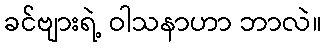
ခင်ဗျားရဲ့ ဝါသနာဟာ ဘာလဲ။